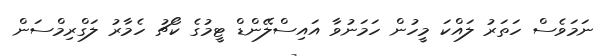
ނަމަވެސް ހަތަރު ލައްކަ މީހުން ހަމަނުވާ އައިސްލޭންޑް ޓީމުގެ ކޯޗު ހެމާރު ލަގްރިމްސަން